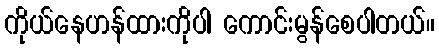
ကိုယ်နေဟန်ထားကိုပါ ကောင်းမွန်စေပါတယ်။